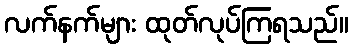
လက်နက်များ ထုတ်လုပ်ကြရသည်။